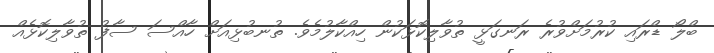
ބްލޯ ޑްރައި ކުރުމަށްވުރެ ރަނގަޅީ ތުވާލިކޮޅަކުން ހިއްކާލުމެވެ. ތުނބުޅިއަށް ހާއްސަ ސާފު ތުވާލިކޮޅެއް